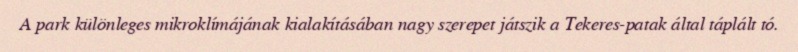
A park különleges mikroklímájának kialakításában nagy szerepet játszik a Tekeres-patak által táplált tó.